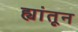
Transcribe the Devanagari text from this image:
ह्यांतून